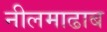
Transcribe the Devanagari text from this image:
नीलमाढाब